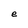
Character: e